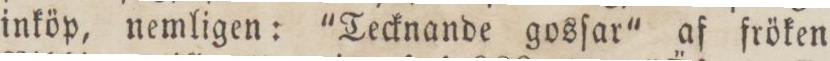
inköp, nemligen: 'Tecknande gosſar' af fröken